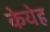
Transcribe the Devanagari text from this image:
केयेह